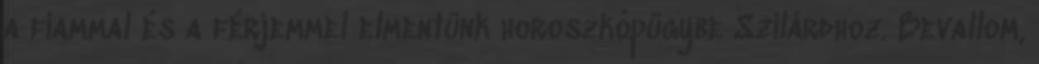
a fiammal és a férjemmel elmentünk horoszkópügybe Szilárdhoz. Bevallom,